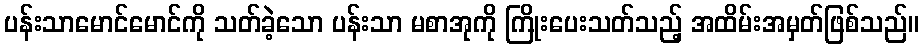
ပန်းသာမောင်မောင်ကို သတ်ခဲ့သော ပန်းသာ မစာအုကို ကြိုးပေးသတ်သည့် အထိမ်းအမှတ်ဖြစ်သည်။